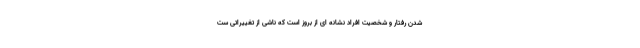
شدن رفتار و شخصیت افراد نشانه ای از بروز است که ناشی از تغییراتی ست